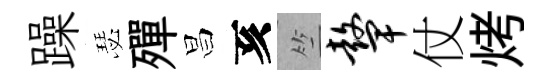
躁瑟殫昌亥竺鼙仗烤